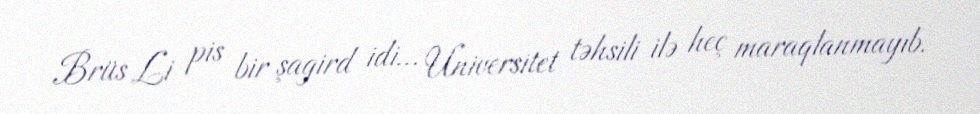
Brüs Li pis bir şagird idi… Universitet təhsili ilə heç maraqlanmayıb.